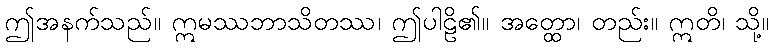
ဤအနက်သည်။ ဣမဿဘာသိတဿ၊ ဤပါဠိ၏။ အတ္ထော၊ တည်း။ ဣတိ၊ သို့။